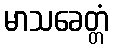
မာသခေတ္တံ